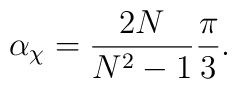
\alpha_\chi={2N \over N^2-1}{\pi \over 3}.